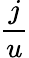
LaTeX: \frac{j}{u}